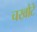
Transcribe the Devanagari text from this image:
चखौटे